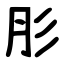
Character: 肜